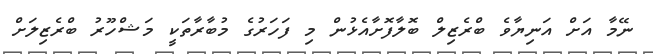
ނޭމާ އަށް އަނިޔާވެ ބްރެޒިލް ބޮލާފޮށާއެޅުން މި ފަހަރުގެ މުބާރާތަކީ މަޝްހޫރު ބްރެޒިލަށް